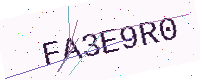
Text: FA3E9R0